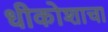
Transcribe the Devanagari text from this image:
धीकोशाचा